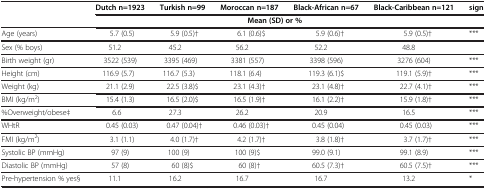
<table><thead><tr><td><b> </b></td><td><b>Dutch n=1923</b></td><td><b>Turkish n=99</b></td><td><b>Moroccan n=187</b></td><td><b>Black-African n=67</b></td><td><b>Black-Caribbean n=121</b></td><td><b>sign</b></td></tr><tr><td><b> </b></td><td colspan="5"><b>Mean (SD) or %</b></td><td><b> </b></td></tr></thead><tbody><tr><td>Age (years)</td><td>5.7 (0.5)</td><td>5.9 (0.5)†</td><td>6.1 (0.6)$</td><td>5.9 (0.6)†</td><td>5.9 (0.5)†</td><td>***</td></tr><tr><td>Sex (% boys)</td><td>51.2</td><td>45.2</td><td>56.2</td><td>52.2</td><td>48.8</td><td> </td></tr><tr><td>Birth weight (gr)</td><td>3522 (539)</td><td>3395 (469)</td><td>3381 (557)</td><td>3398 (596)</td><td>3276 (604)</td><td>***</td></tr><tr><td>Height (cm)</td><td>116.9 (5.7)</td><td>116.7 (5.3)</td><td>118.1 (6.4)</td><td>119.3 (6.1)$</td><td>119.1 (5.9)†</td><td>***</td></tr><tr><td>Weight (kg)</td><td>21.1 (2.9)</td><td>22.5 (3.8)$</td><td>23.1 (4.3)†</td><td>23.1 (4.8)†</td><td>22.7 (4.1)†</td><td>***</td></tr><tr><td>BMI (kg/m<sup>2</sup>)</td><td>15.4 (1.3)</td><td>16.5 (2.0)$</td><td>16.5 (1.9)†</td><td>16.1 (2.2)†</td><td>15.9 (1.8)†</td><td>***</td></tr><tr><td>%Overweight/obese‡</td><td>6.6</td><td>27.3</td><td>26.2</td><td>20.9</td><td>16.5</td><td>***</td></tr><tr><td>WHtR</td><td>0.45 (0.03)</td><td>0.47 (0.04)†</td><td>0.46 (0.03)†</td><td>0.45 (0.04)</td><td>0.45 (0.03)</td><td>***</td></tr><tr><td>FMI (kg/m<sup>2</sup>)</td><td>3.1 (1.1)</td><td>4.0 (1.7)†</td><td>4.2 (1.7)†</td><td>3.8 (1.8)†</td><td>3.7 (1.7)†</td><td>***</td></tr><tr><td>Systolic BP (mmHg)</td><td>97 (9)</td><td>100 (9)</td><td>100 (9)$</td><td>99.0 (9.1)</td><td>99.1 (8.9)</td><td>***</td></tr><tr><td>Diastolic BP (mmHg)</td><td>57 (8)</td><td>60 (8)$</td><td>60 (8)†</td><td>60.5 (7.3)†</td><td>60.5 (7.5)†</td><td>***</td></tr><tr><td>Pre-hypertension % yes§</td><td>11.1</td><td>16.2</td><td>16.7</td><td>16.7</td><td>13.2</td><td>*</td></tr></tbody></table>